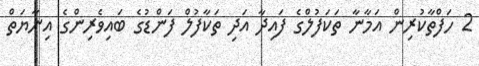
2 ހަފްތާކުރިން އަމާނާ ތަކަފުލްގެ ފައިދާ އަދި ތަކާފުލް ފަންޑުގެ ބައިވެރިންގެ އިނާޔަތް